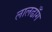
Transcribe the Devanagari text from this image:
लालढाँग